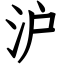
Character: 沪